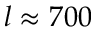
l \approx 7 0 0